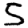
Digit: 5